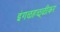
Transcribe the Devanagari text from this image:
इंगळहळ्ळीकर